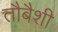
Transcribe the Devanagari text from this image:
तौबैशी